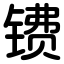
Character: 镄